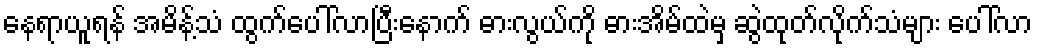
နေရာယူရန် အမိန့်သံ ထွက်ပေါ်လာပြီးနောက် ဓားလွယ်ကို ဓားအိမ်ထဲမှ ဆွဲထုတ်လိုက်သံများ ပေါ်လာ